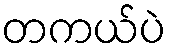
တကယ်ပဲ